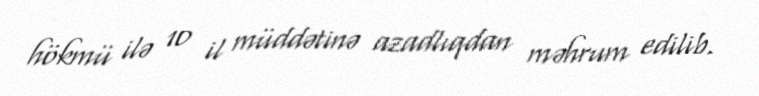
hökmü ilə 10 il müddətinə azadlıqdan məhrum edilib.